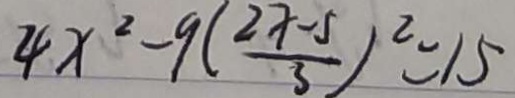
4 x ^ { 2 } - 9 ( \frac { 2 x - 5 } { 3 } ) ^ { 2 } = 1 5